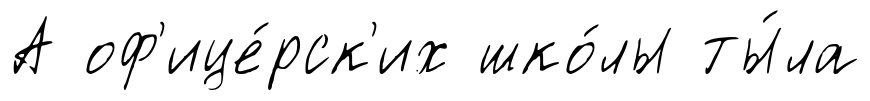
А оф'ице́рск'их шко́лы ты́ла